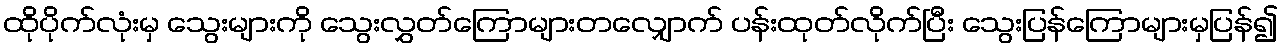
ထိုပိုက်လုံးမှ သွေးများကို သွေးလွှတ်ကြောများတလျှောက် ပန်းထုတ်လိုက်ပြီး သွေးပြန်ကြောများမှပြန်၍